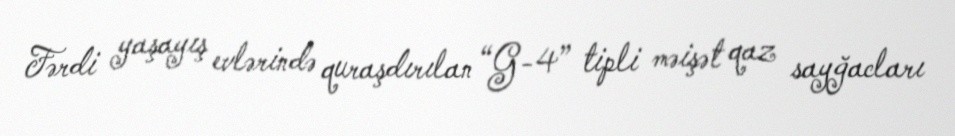
Fərdi yaşayış evlərində quraşdırılan “G-4” tipli məişət qaz sayğacları